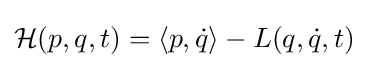
{\mathcal {H}}(p,q,t)=\langle p,{\dot {q}}\rangle -L(q,{\dot {q}},t)